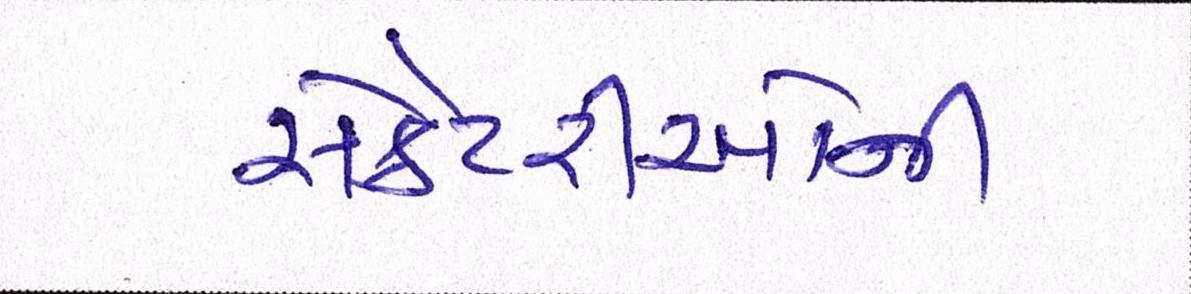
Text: સેક્રેટરીઓની